Insane asylums in Bengal annual reports 1867-1875 - 1867-1875
Year: 1867
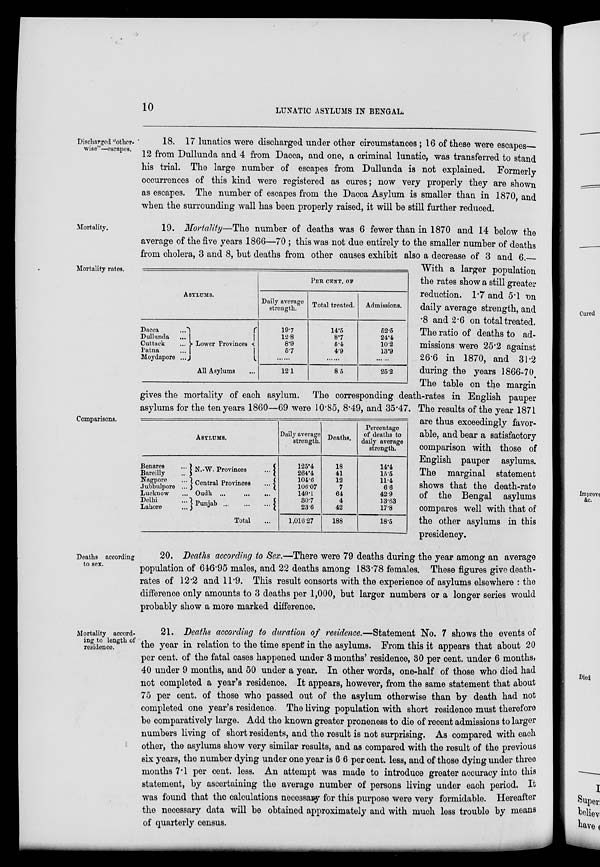
10
LUNATIC ASYLUMS IN BENGAL.
Discharged "other-
wise"—escapes.
18. 17 lunatics were discharged under other circumstances ; 16 of these were escapes
12 from Dullunda and 4 from Dacca, and one, a criminal lunatic, was transferred to stand
his trial. The large number of escapes from Dullunda is not explained. Formerly
occurrences of this kind were registered as cures; now very properly they are shown
as escapes. The number of escapes from the Dacca Asylum is smaller than in 1870, and
when the surrounding wall has been properly raised, it will be still further reduced.
Mortality.
19. Mortality—The number of deaths was 6 fewer than in 1870 and 14 below the
average of the five years 1866—70 ; this was not due entirely to the smaller number of deaths
from cholera, 3 and 8, but deaths from other causes exhibit also a decrease of 3 and 6.
Mortality rates.
ASYLUMS.
Dacca ...
Dullunda ...
Cuttack ...
Patna ...
Moydapore ...
Lower Provinces
All Asylums
PER CENT. OF
Daily average
strength.
19.7
12.8
8.9
5.7
......
12.1
Total treated.
14.5
8.7
5.4
4.9
......
8.5
Admissions.
52.5
24.4
10.2
13.9
......
25.2
Comparisons.
ASYLUMS.
Benares ...
Bareilly ...
Nagpore ...
Jubbulpore ...
Lucknow ...
Delhi ...
Lahore ...
N.-W. Provinces
...
Central Provinces ...
Oudh
...
...
...
Punjab
...
...
...
Total ...
Daily average
strength.
125.4
264.4
104.6
106.07
149.1
30.7
23.6
1,016.27
Deaths.
18
41
12
7
64
4
42
188
Percentage
of deaths to
daily average
strength.
14.4
15.5
11.4
6.6
42.9
13.63
17.8
18.5
With a larger population
the rates show a still greater
reduction. 1.7 and 5.1 on
daily average strength, and
.8 and 2.6 on total treated.
The ratio of deaths to ad-
missions were 25.2 against
26.6 in 1870, and 31.2
during the years 1866-70
The table on the margin
gives the mortality of each asylum. The corresponding death-rates in English pauper
asylums for the ten years 1860—69 were 10.85, 8.49, and 35.47. The results of the year 1871
are thus exceedingly favor-
able, and bear a satisfactory
comparison with those of
English pauper asylums.
The marginal statement
shows that the death-rate
of the Bengal asylums
compares well with that of
the other asylums in this
presidency.
Deaths according
to sex.
20. Deaths according to Sex.—There were 79 deaths during the year among an average
population of 646.95 males, and 22 deaths among 183.78 females. These figures give death-
rates of 12.2 and 11.9. This result consorts with the experience of asylums elsewhere : the
difference only amounts to 3 deaths per 1,000, but larger numbers or a longer series would
probably show a more marked difference.
Mortality accord-
ing to length of
residence.
21. Deaths according to duration of residence.—Statement No. 7 shows the events of
the year in relation to the time spent in the asylums. From this it appears that about 20
per cent. of the fatal cases happened under 3 months' residence, 30 per cent. under 6 months,
40 under 9 months, and 50 under a year. In other words, one-half of those who died had
not completed a year's residence. It appears, however, from the same statement that about
75 per cent. of those who passed out of the asylum otherwise than by death had not
completed one year's residence. The living population with short residence must therefore
be comparatively large. Add the known greater proneness to die of recent admissions to larger
numbers living of short residents, and the result is not surprising. As compared with each
other, the asylums show very similar results, and as compared with the result of the previous
six years, the number dying under one year is 6.6 percent. less, and of those dying under three
months 7.1 per cent. less. An attempt was made to introduce greater accuracy into this
statement, by ascertaining the average number of persons living under each period. It
was found that the calculations necessary for this purpose were very formidable. Hereafter
the necessary data will be obtained approximately and with much less trouble by means
of quarterly census.